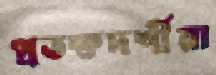
প্রতক্ষদর্শীরা